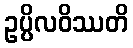
ဥပ္ပိလဝိဿတိ